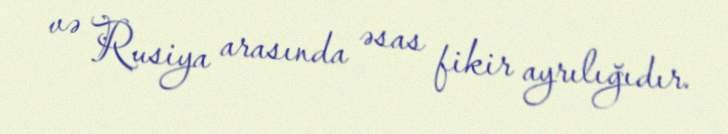
və Rusiya arasında əsas fikir ayrılığıdır.